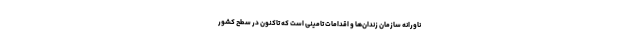
ناورانه سازمان زندان‌ها و اقدامات تامینی است که تاکنون در سطح کشور